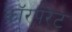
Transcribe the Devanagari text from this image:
कॉरपरेट